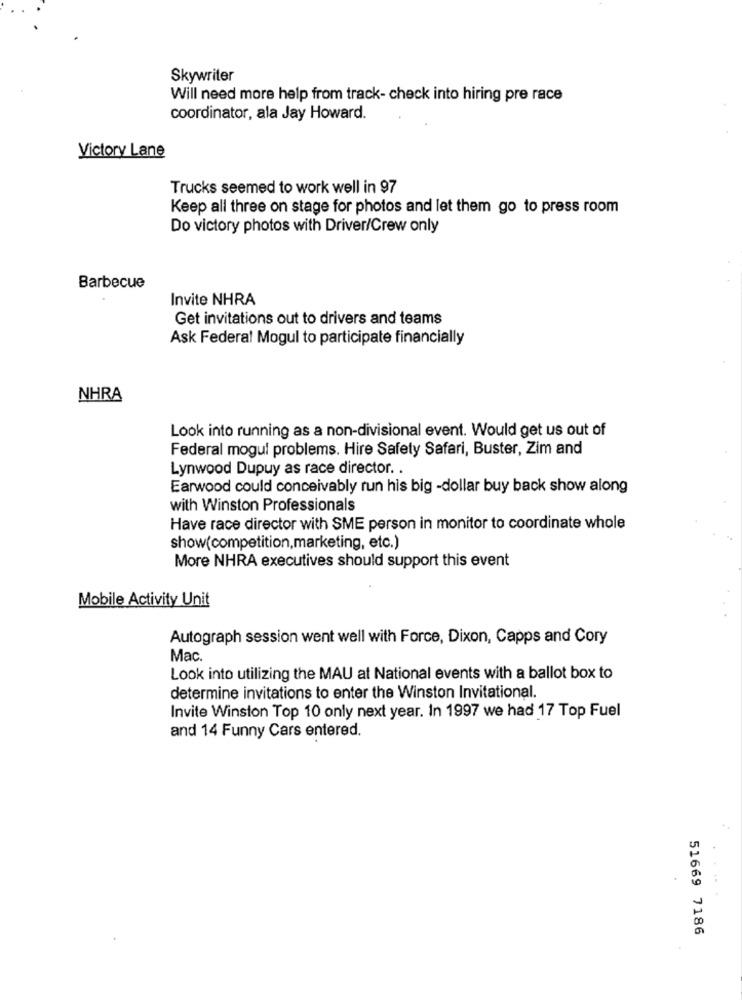
Skywriter
Will need more help from track- check into hiring pre race
coordinator, ala Jay Howard.
Victory Lane
Trucks seemed to work well in 97
Keep all three on stage for photos and let them go to press room
Do victory photos with Driver/Crew only
Barbecue
Invite NHRA
Get invitations out to drivers and teams
Ask Federal Mogul to participate financially
NHRA
Look into running as a non-divisional event. Would get us out of
Federal mogul problems. Hire Safety Safari, Buster, Zim and
Lynwood Dupuy as race director. .
Earwood could conceivably run his big -dollar buy back show along
with Winston Professionals
Have race director with SME person in monitor to coordinate whole
show(competition,marketing, etc.)
More NHRA executives should support this event
Mobile Activity Unit
Autograph session went well with Force, Dixon, Capps and Cory
Mac.
Look into utilizing the MAU at National events with a ballot box to
determine invitations to enter the Winston Invitational.
Invite Winston Top 10 only next year. In 1997 we had 17 Top Fuel
and 14 Funny Cars entered.
51669 7186